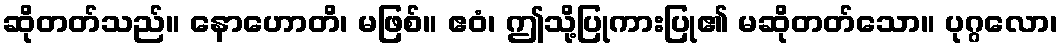
ဆိုတတ်သည်။ နောဟောတိ၊ မဖြစ်။ ဧဝံ၊ ဤသို့ပြုကားပြု၏ မဆိုတတ်သော။ ပုဂ္ဂလော၊